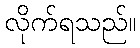
လိုက်ရသည်။